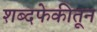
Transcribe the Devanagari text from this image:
शब्दफेकीतून